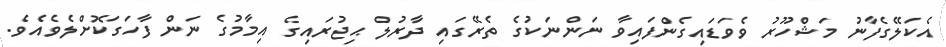
އެކަލޭގެފާނު މަޝްހޫރު ވެވަޑައިގެންފައިވާ ނަންނަކުގެ ތެރޭގައި ދާރުލް ޙިޖުރައިގެ އިމާމުގެ ނަން ފާހަގަކޮށްލެވެއެވެ.